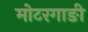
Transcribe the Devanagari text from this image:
मोटरगाङी